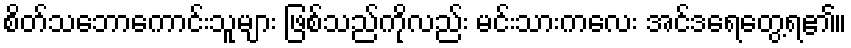
စိတ်သဘောကောင်းသူများ ဖြစ်သည်ကိုလည်း မင်းသားကလေး အင်ဒရေတွေ့ရ၏။